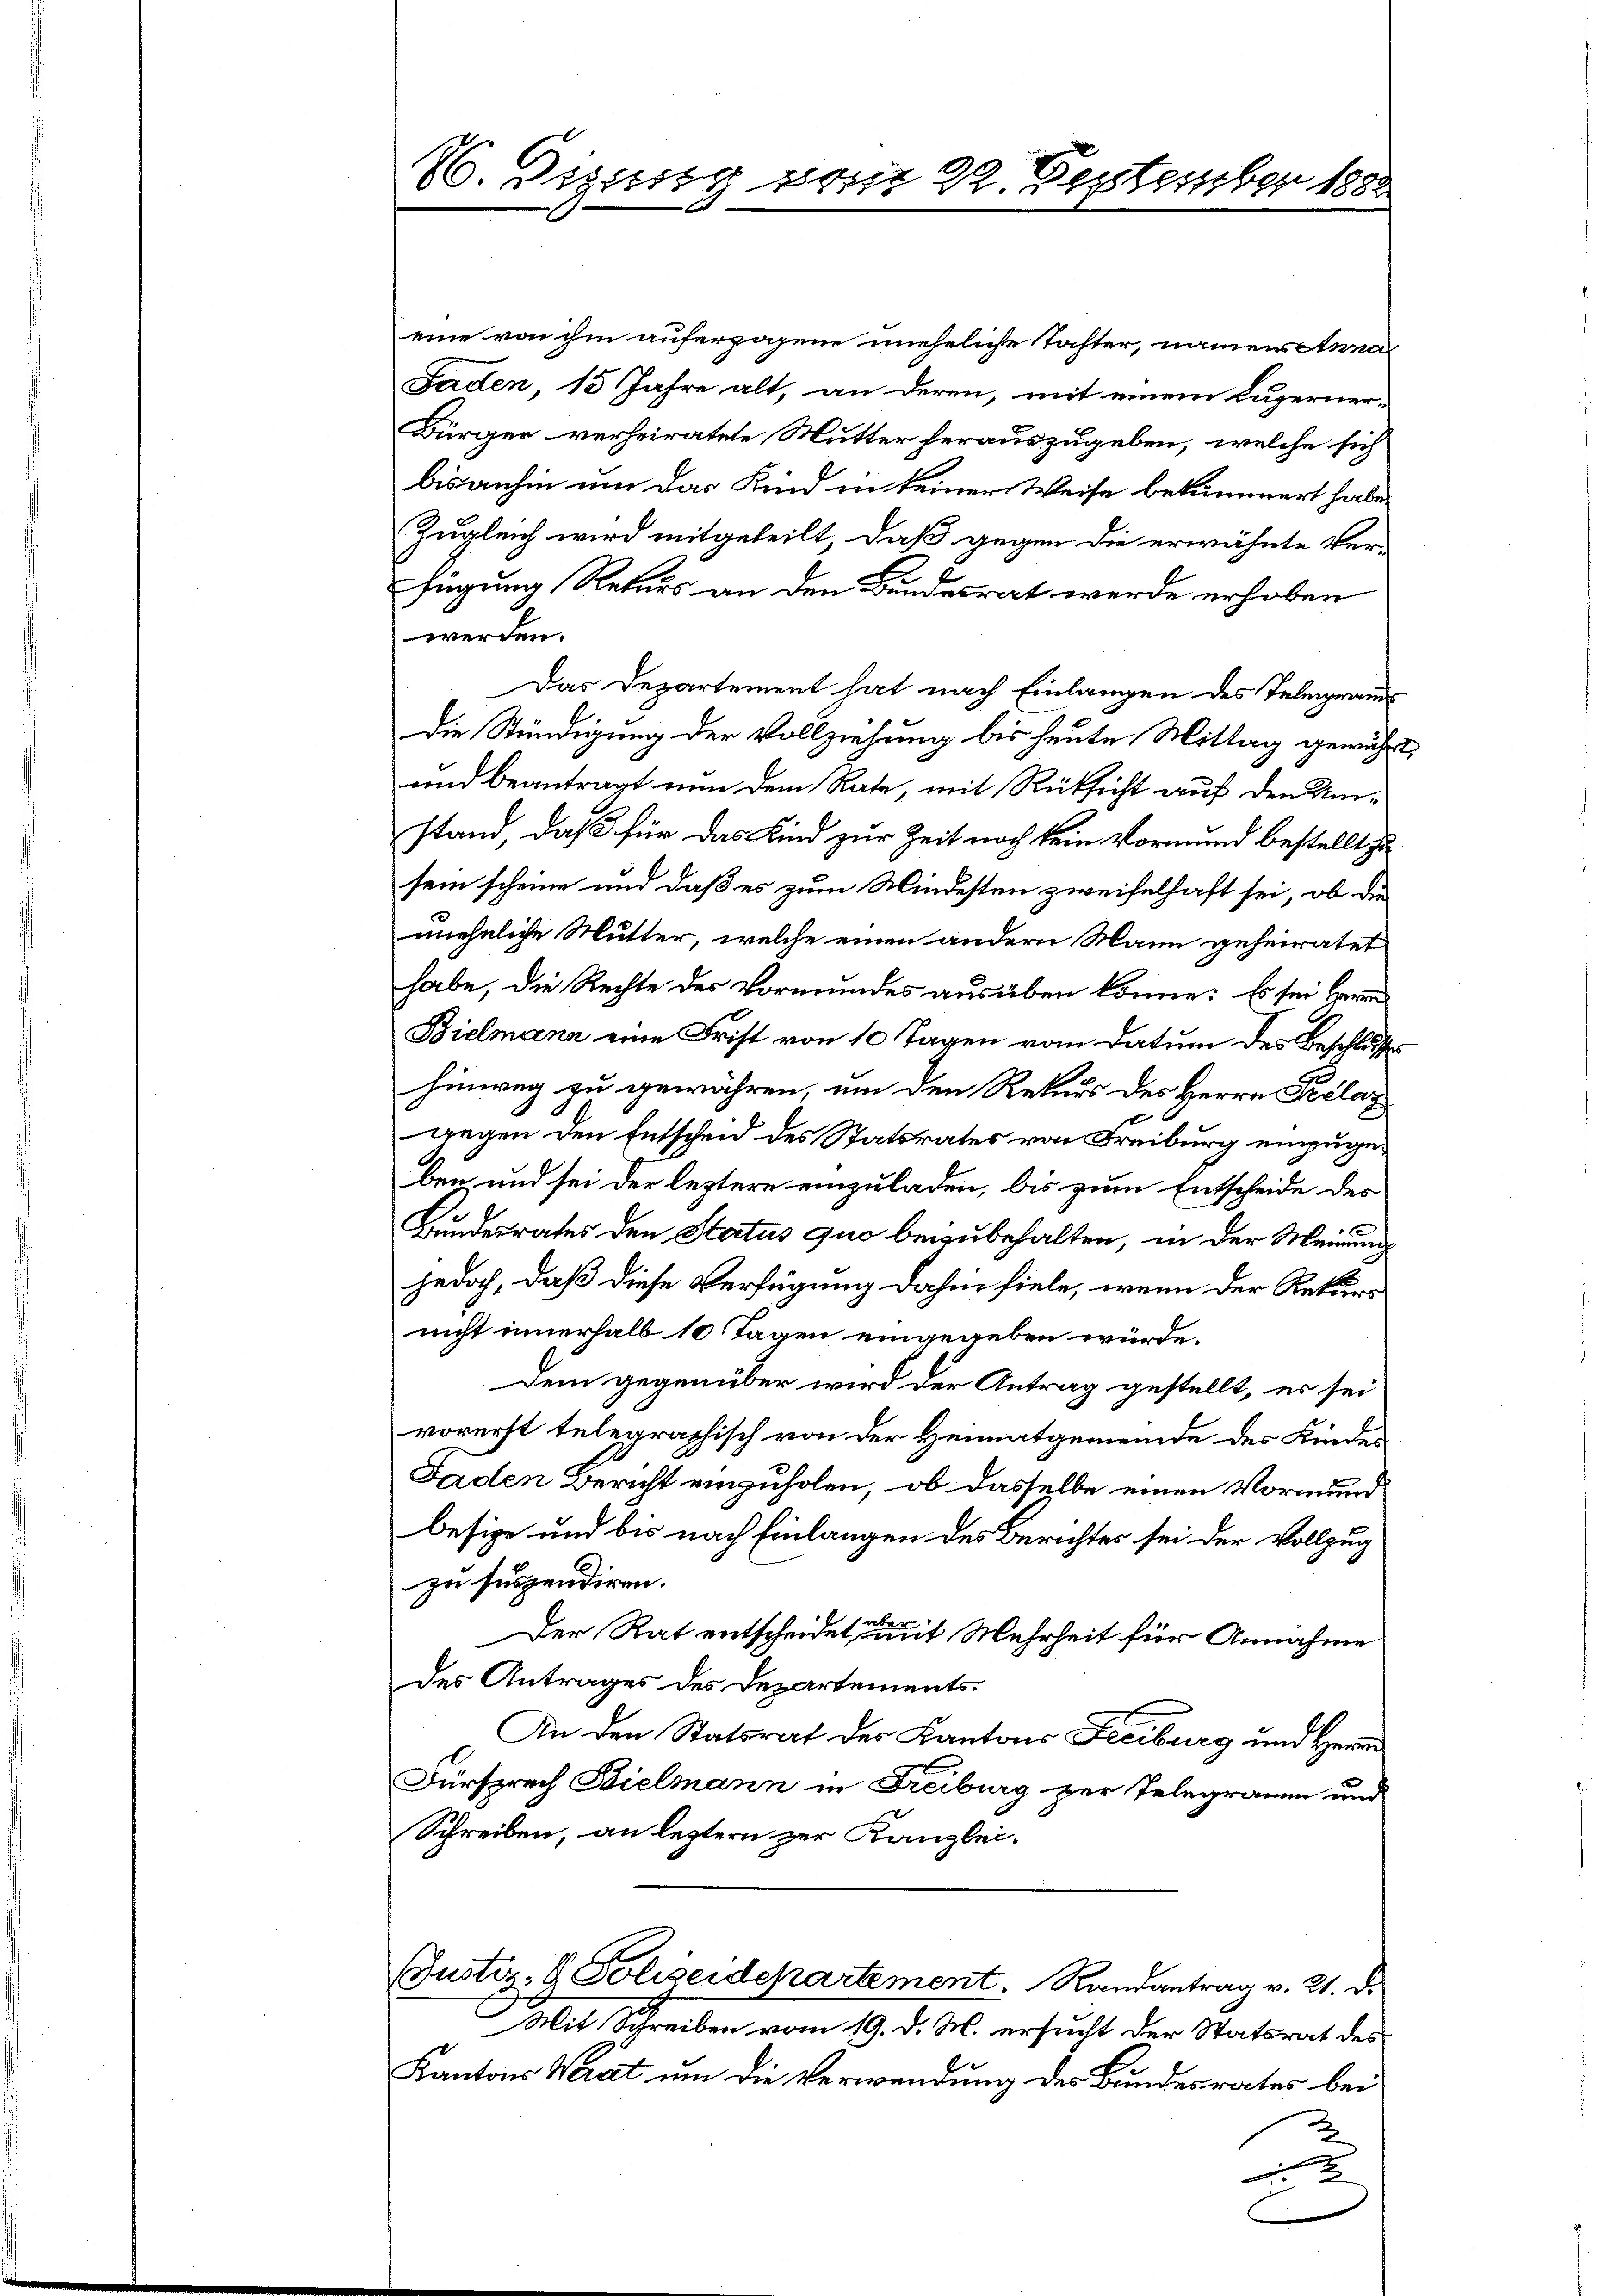
20. Diesig vom 22. September 1882

eine von ihm auferzogene uneheliche Tochter, namens Anna
Faden, 15 Jahre alt, an deren, mit einem Luzerner¬
Bürger verheiratete Mutter herauszugeben, welche sich
bisanhin um das Kind in keiner Weise bekümmert habe.
Zugleich wird mitgeteilt, daß gegen die erwähnte Ver-
fügung Rekurs an den Bundesrat werde erhoben
werden.
Das Departement hat nach Einlangen des Telegramms
Die Stündigung der Vollziehung bis heute Mittag gewicht
und beantragt nun dem Rate, mit Rücksicht auf den Umstand, daß für das Kind zur Zeit noch kein Vormund bestellt zu
sein scheine und daß es zum Mindesten zweifelhaft sei, ob die
uehrliche Mutter, welche einen andern Mann geheiratet
habe, die Rechte des Vormundes ausüben könne: Es sei Herrn
Bielmann eine Frist von 10 Tagen vom Datum des Beschlusses
hinweg zu gewähren, um den Rekurs des Herrn Kelaz
gegen den Entscheid des Statsrates von Freiburg einzugeben und sei der leztere einzuladen, bis zum Entscheide des
Bundesrates den Status quo beizubehalten, in der Meinung
jedoch, daß diese Verfügung dahin fiele, wenn der Rekurs
nicht innerhalb 10 Tagen eingegeben würde.
Dem gegenüber wird der Antrag gestellt, es sei
vorerst telegraphisch von der Heimatgemeinde des Kindes
Faden Bericht einzuholen, ob dasselbe einen Vormund
besige und bis nach Einlangen des Berichtes sei der Vollzug
zu suspendiren.
b
Der Rat entscheidet, mit Mehrheit für Annahme
des Antrages des Departements.
An den Statsrat des Kantons Freiburg und Herrn
Fürsprech Bielmann in Freiburg zur Telegramm und
Schreiben, an leztern zur Kanzlei¬
Pustiz- & Polizeidchartement. Randantrag v. 21. d.
Mit Schreiben vom 19. d. M. ersucht der Statsrat des
Kantons Werat um die Verwendung des Bundesrates bei
.